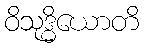
ဝိသုဒ္ဓိယောတိ